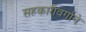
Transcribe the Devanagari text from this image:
सहकारीवर्गाने